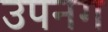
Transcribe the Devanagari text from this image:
उपनग